Rangoon Lunatic Asylum 1893-1897 - 1893-1897
Year: 1893
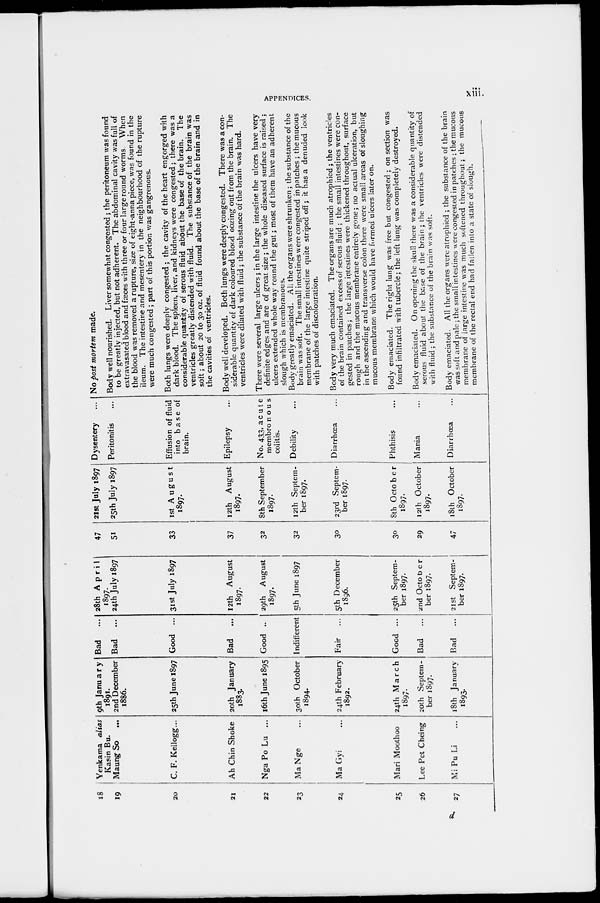
APPENDICES.
xiii.
18
19
20
21
22
23
24
25
26
27
Yenkama alias
Kasin Bu.
Maung So ...
C. F. Kellogg...
Ah Chin Shoke
Nga Po Lu ...
Ma Nge ...
Ma Gyi ...
Mari Moothoo
Lee Pet Cheing
Mi Pu Li ...
9th January
1891.
2nd December
1886.
25th June 1897
20th January
1883.
16th June 1895
30th October
1894.
24th February
1892.
24th March
1897.
20th Septem-
ber 1897.
18th January
1893.
Bad
...
Bad
...
Good ...
Bad ...
Good ...
Indifferent
Fair ...
Good ...
Bad
...
Bad
...
28th April
1897.
24th July 1897
31st July 1897
12th August
1897.
29th August
1897.
5th June 1897
5th December
1896.
25th Septem-
ber 1897.
2nd October
ber 1897.
21st Septem-
ber 1897.
47
51
33
37
32
32
30
30
29
47
21st July 1897
25th July 1897
1st August
1897.
12th August
1897.
8th September
1897.
12th Septem-
ber 1897.
23rd Septem-
ber 1897.
8th October
1897.
12th October
1897.
18th October
1897.
Dysentery ...
Peritonitis ...
Effusion of fluid
into base of
brain.
Epilepsy ...
No. 433, acute
membronous
colitis.
Debility ...
Diarrhœa ...
Phthisis ...
Mania ...
Diarrhœa ...
No post mortem made.
Body well nourished. Liver somewhat congested; the peritoneum was found
to be greatly injected, but not adherent. The abdominal cavity was full of
extravasated blood and fæces with three or four large round worms. When
the blood was removed a rupture, size of eight-anna piece, was found in the
ileum. The intestine and mesentery in the neighbourhood of the rupture
were much congested ; part of this portion was gangrenous.
Both lungs were deeply congested ; the cavity of the heart engorged with
dark blood. The spleen, liver, and kidneys were congested; there was a
considerable quantity of serous fluid about the base of the brain. The
ventricles greatly distended with fluid. The substance of the brain was
soft; about 20 to 30 oz. of fluid found about the base of the brain and in
the cavities of ventricles.
Body well developed. Both lungs were deeply congested. There was a con-
siderable quantity of dark coloured blood oozing out from the brain. The
ventricles were dilated with fluid; the substance of the brain was hard.
There were several large ulcers; in the large intestine the ulcers have very
definite edges and are of great size ; the whole diseased surface is raised ;
ulcers extended whole way round the gut; most of them have an adherent
slough which is membranous.
Body greatly emaciated. All the organs were shrunken; the substance of the
brain was soft. The small intestines were congested in patches; the mucous
membrane of the large intestine quite striped off; it has a denuded look
with patches of discolouration.
Body very much emaciated. The organs are much atrophied; the ventricles
of the brain contained excess of serous fluid ; the small intestines were con-
gested in patches; the large intestines were thickened throughout, surface
rough and the mucous membrane entirely gone; no actual ulceration, but
in the ascending and transverse colon there were small areas of sloughing
mucous membrane which would have formed ulcers later on.
Body emaciated. The right lung was free but congested ; on section was
found infiltrated with tubercle; the left lung was completely destroyed.
Body emaciated. On opening the skull there was a considerable quantity of
serous fluid about the base of the brain; the ventricles were distended
with fluid; the substance of the brain was soft.
Body emaciated. All the organs were atrophied ; the substance of the brain
was soft and pale; the small intestines were congested in patches ; the mucous
membrane of large intestine was much softened throughout; the mucous
membrane of the rectal end had fallen into a state of slough.
d